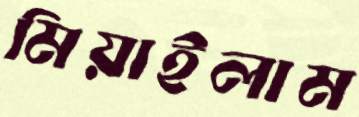
মিয়াইলাম